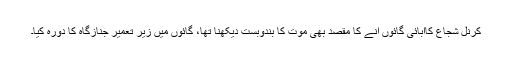
کرنل شجاع کاآبائی گائوں آنے کا مقصد بھی موت کا بندوبست دیکھنا تھا، گائوں میں زیر تعمیر جنازگاہ کا دورہ کیا۔